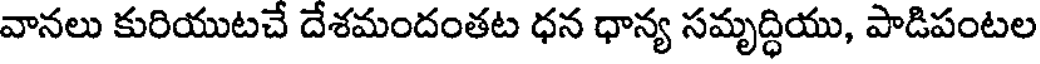
వానలు కురియుటచే దేశమందంతట ధన ధాన్య సమృద్ధియు, పాడిపంటల